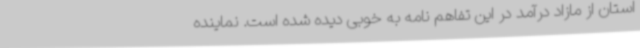
استان از مازاد درآمد در این تفاهم نامه به خوبی دیده شده است. نماینده